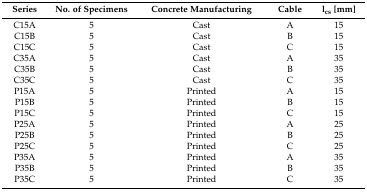
<table><thead><tr><td><b>Series</b></td><td><b>No. of Specimens</b></td><td><b>Concrete Manufacturing</b></td><td><b>Cable</b></td><td><b>l<sub>cs</sub> [mm]</b></td></tr></thead><tbody><tr><td>C15A</td><td>5</td><td>Cast</td><td>A</td><td>15</td></tr><tr><td>C15B</td><td>5</td><td>Cast</td><td>B</td><td>15</td></tr><tr><td>C15C</td><td>5</td><td>Cast</td><td>C</td><td>15</td></tr><tr><td>C35A</td><td>5</td><td>Cast</td><td>A</td><td>35</td></tr><tr><td>C35B</td><td>5</td><td>Cast</td><td>B</td><td>35</td></tr><tr><td>C35C</td><td>5</td><td>Cast</td><td>C</td><td>35</td></tr><tr><td>P15A</td><td>5</td><td>Printed</td><td>A</td><td>15</td></tr><tr><td>P15B</td><td>5</td><td>Printed</td><td>B</td><td>15</td></tr><tr><td>P15C</td><td>5</td><td>Printed</td><td>C</td><td>15</td></tr><tr><td>P25A</td><td>5</td><td>Printed</td><td>A</td><td>25</td></tr><tr><td>P25B</td><td>5</td><td>Printed</td><td>B</td><td>25</td></tr><tr><td>P25C</td><td>5</td><td>Printed</td><td>C</td><td>25</td></tr><tr><td>P35A</td><td>5</td><td>Printed</td><td>A</td><td>35</td></tr><tr><td>P35B</td><td>5</td><td>Printed</td><td>B</td><td>35</td></tr><tr><td>P35C</td><td>5</td><td>Printed</td><td>C</td><td>35</td></tr></tbody></table>